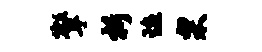
擎析琬栗